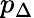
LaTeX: p_{\Delta}